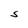
Character: S